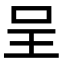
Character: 呈